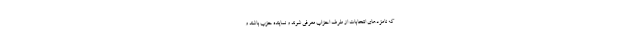
که نامزدهای انتخابات از طرف احزاب معرفی شوند و نماینده حزب باشند و